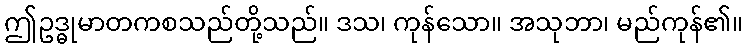
ဤဥဒ္ဓုမာတကစသည်တို့သည်။ ဒသ၊ ကုန်သော။ အသုဘာ၊ မည်ကုန်၏။